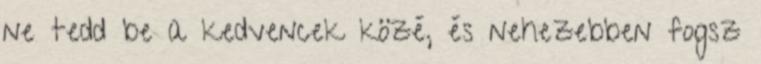
ne tedd be a kedvencek közé, és nehezebben fogsz